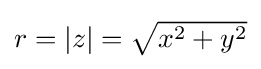
\textstyle r=|z|={\sqrt {x^{2}+y^{2}}}